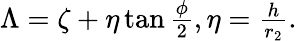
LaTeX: \begin{array}{r}{\Lambda=\zeta+\eta\tan{\frac{\phi}{2}},\eta=\frac{h}{r_{2}}.}\end{array}